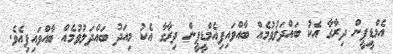
އެމްޑީޕީން ދިރާގާ އެކު ބައްދަލުވުމެއް ބާއްވައިފިއެމްޑީޕީން ދިރާގާ އެކު މިއަދު ބައްދަލުވުމެއް ބާއްވައިފިއެވެ.